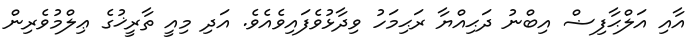
އާއި އަލްޙާފިޟް އިބްނު ދަޙިއްޔާ ރަޙިމަހު ވިދާޅުވެފައިވެއެވެ. އަދި މިއީ ތާރީޚުގެ ޢިލްމުވެރިން